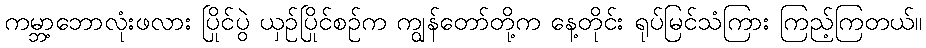
ကမ္ဘာ့ဘောလုံးဖလား ပြိုင်ပွဲ ယှဉ်ပြိုင်စဉ်က ကျွန်တော်တို့က နေ့တိုင်း ရုပ်မြင်သံကြား ကြည့်ကြတယ်။